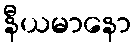
နီယမာနော